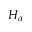
H _ { \alpha }